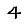
Digit: 4